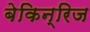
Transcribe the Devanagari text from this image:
बेकिन्रिज